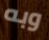
وبه